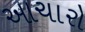
આચારો